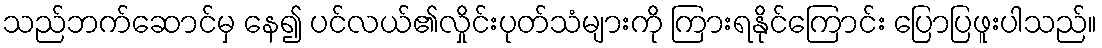
သည်ဘက်ဆောင်မှ နေ၍ ပင်လယ်၏လှိုင်းပုတ်သံများကို ကြားရနိုင်ကြောင်း ပြောပြဖူးပါသည်။